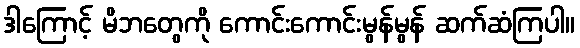
ဒါကြောင့် မိဘတွေကို ကောင်းကောင်းမွန်မွန် ဆက်ဆံကြပါ။